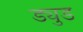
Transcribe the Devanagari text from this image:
ड्युड